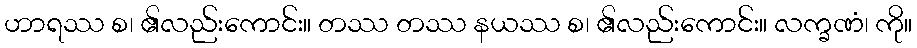
ဟာရဿ စ၊ ၏လည်းကောင်း။ တဿ တဿ နယဿ စ၊ ၏လည်းကောင်း။ လက္ခဏံ၊ ကို။